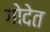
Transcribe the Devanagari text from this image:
गोदेत